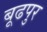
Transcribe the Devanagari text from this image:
बूढपुर